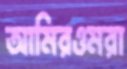
আমিরওমরা